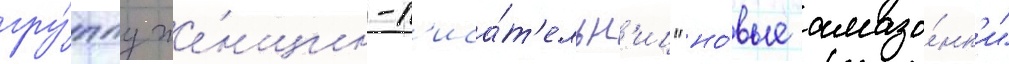
гру́ппу же́нщин-п'иса́т'ельн'иц "но́вые амазо́нк'и"